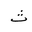
Letter: _tha